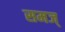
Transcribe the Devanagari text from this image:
समज्